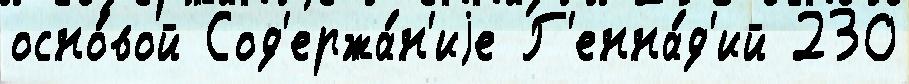
осно́вой Сод'ержа́н'иjе Г'енна́д'ий 230